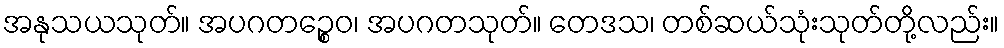
အနုသယသုတ်။ အပဂတဉ္စေဝ၊ အပဂတသုတ်။ တေဒသ၊ တစ်ဆယ်သုံးသုတ်တို့လည်း။